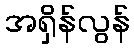
အရှိန်လွန်